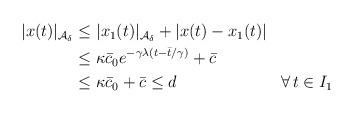
LaTeX: \begin{align*}\begin{aligned}|x(t)|_{\mathcal{A}_\delta} &\le |x_1(t)|_{\mathcal{A}_\delta} + |x(t)-x_1(t)| \\&\le \kappa \bar c_0 e^{-\gamma \lambda (t-\bar{t}/\gamma)} + \bar c \\&\le \kappa \bar c_0+\bar c \leq d && \forall \, t \in I_1\end{aligned}\end{align*}